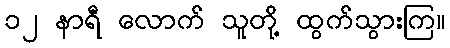
၁၂ နာရီ လောက် သူတို့ ထွက်သွားကြ။